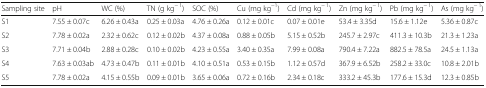
<table><thead><tr><td><b>Sampling site</b></td><td><b>pH</b></td><td><b>WC (%)</b></td><td><b>TN (g kg<sup>− 1</sup>)</b></td><td><b>SOC (%)</b></td><td><b>Cu (mg kg<sup>−1</sup>)</b></td><td><b>Cd (mg kg<sup>− 1</sup>)</b></td><td><b>Zn (mg kg<sup>− 1</sup>)</b></td><td><b>Pb (mg kg<sup>− 1</sup>)</b></td><td><b>As (mg kg<sup>− 1</sup>)</b></td></tr></thead><tbody><tr><td>S1</td><td>7.55 ± 0.07c</td><td>6.26 ± 0.43a</td><td>0.25 ± 0.03a</td><td>4.76 ± 0.26a</td><td>0.12 ± 0.01c</td><td>0.07 ± 0.01e</td><td>53.4 ± 3.35d</td><td>15.6 ± 1.12e</td><td>5.36 ± 0.87c</td></tr><tr><td>S2</td><td>7.78 ± 0.02a</td><td>2.32 ± 0.62c</td><td>0.12 ± 0.02b</td><td>4.37 ± 0.08a</td><td>0.88 ± 0.05b</td><td>5.15 ± 0.52b</td><td>245.7 ± 2.97c</td><td>411.3 ± 10.3b</td><td>21.3 ± 1.23a</td></tr><tr><td>S3</td><td>7.71 ± 0.04b</td><td>2.88 ± 0.28c</td><td>0.10 ± 0.02b</td><td>4.23 ± 0.55a</td><td>3.40 ± 0.35a</td><td>7.99 ± 0.08a</td><td>790.4 ± 7.22a</td><td>882.5 ± 78.5a</td><td>24.5 ± 1.13a</td></tr><tr><td>S4</td><td>7.63 ± 0.03ab</td><td>4.73 ± 0.47b</td><td>0.11 ± 0.01b</td><td>4.10 ± 0.51a</td><td>0.53 ± 0.15b</td><td>1.12 ± 0.57d</td><td>367.9 ± 6.52b</td><td>258.2 ± 33.0c</td><td>10.8 ± 2.01b</td></tr><tr><td>S5</td><td>7.78 ± 0.02a</td><td>4.15 ± 0.55b</td><td>0.09 ± 0.01b</td><td>3.65 ± 0.06a</td><td>0.72 ± 0.16b</td><td>2.34 ± 0.18c</td><td>333.2 ± 45.3b</td><td>177.6 ± 15.3d</td><td>12.3 ± 0.85b</td></tr></tbody></table>